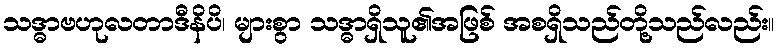
သဒ္ဓာဗဟုလတာဒီနိပိ၊ များစွာ သဒ္ဓာရှိသူ၏အဖြစ် အစရှိသည်တို့သည်လည်း။